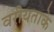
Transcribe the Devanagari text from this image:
वरीयताके